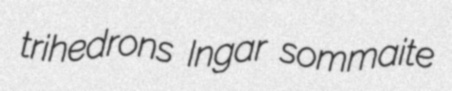
trihedrons Ingar sommaite